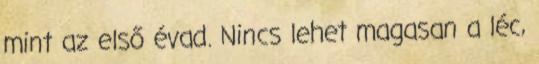
mint az első évad. Nincs lehet magasan a léc,